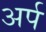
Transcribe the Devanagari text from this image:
अर्प